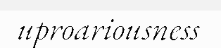
uproariousness